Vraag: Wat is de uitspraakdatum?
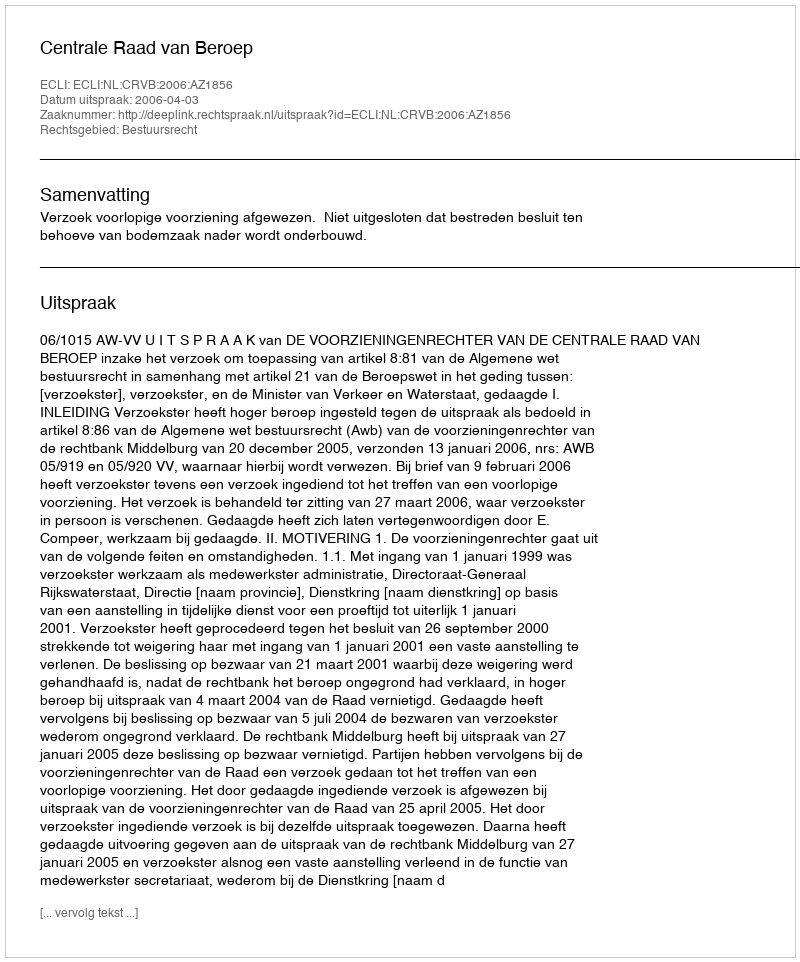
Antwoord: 2006-04-03